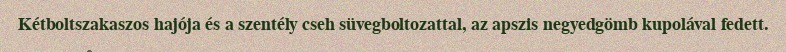
Kétboltszakaszos hajója és a szentély cseh süvegboltozattal, az apszis negyedgömb kupolával fedett.